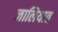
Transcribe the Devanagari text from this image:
जालियात